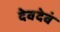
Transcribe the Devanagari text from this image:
देवदेवं